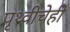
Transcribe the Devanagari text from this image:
पृथ्वीचेही